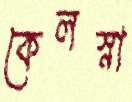
কেলস্না